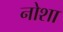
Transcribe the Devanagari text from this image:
नोशा